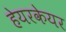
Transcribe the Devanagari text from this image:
हेयरकेयर